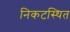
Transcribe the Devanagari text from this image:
निकटस्थित